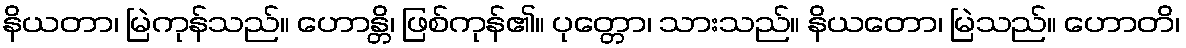
နိယတာ၊ မြဲကုန်သည်။ ဟောန္တိ၊ ဖြစ်ကုန်၏။ ပုတ္တော၊ သားသည်။ နိယတော၊ မြဲသည်။ ဟောတိ၊